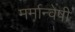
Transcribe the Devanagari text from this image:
मर्मान्‍वेषी